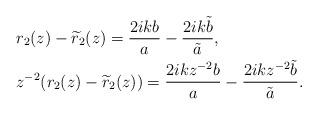
LaTeX: \begin{align*}&r_2(z)-\widetilde{r}_2(z)=\frac{2 i kb}{a}-\frac{2 i k\tilde{b}}{\tilde{a}},\\&z^{-2}(r_2(z)-\widetilde{r}_2(z))=\frac{2 i kz^{-2}b}{a}-\frac{2 i kz^{-2}\tilde{b}}{\tilde{a}}.\end{align*}